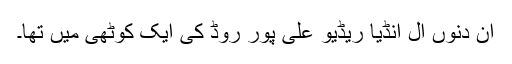
ان دنوں آل انڈیا ریڈیو علی پور روڈ کی ایک کوٹھی میں تھا۔